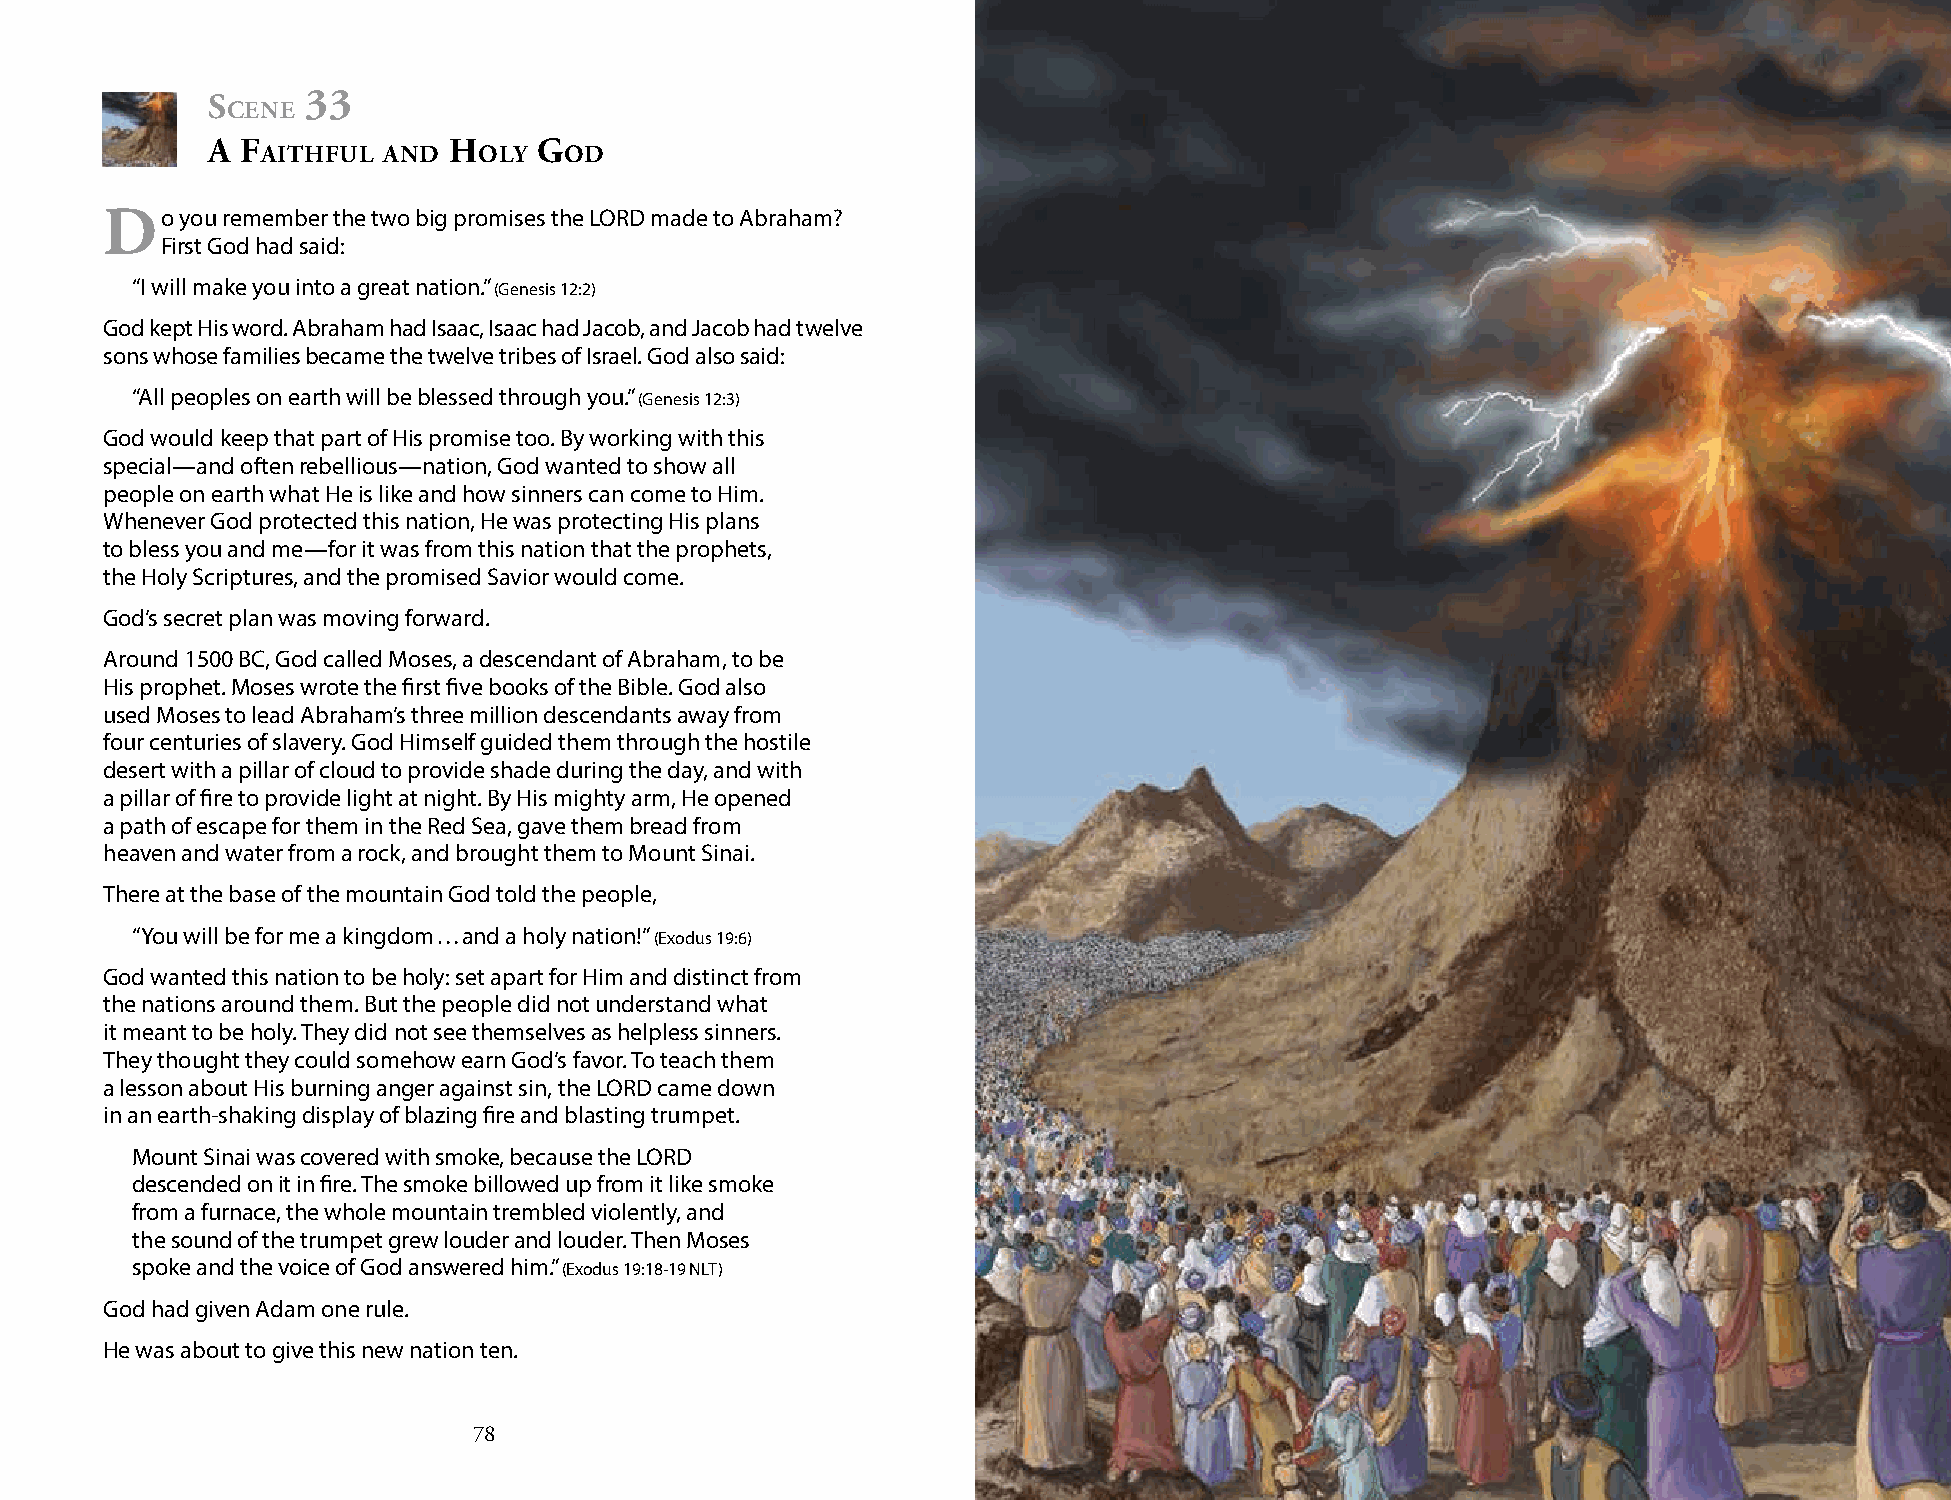
s     33
 cene
 A f             h     g
 Aithful And    oly  od
 do   you remember the two big promises the LORD made to Abraham?
 First God had said:
 “I will make you into a great nation.” (Genesis 12:2)
 God kept His word. Abraham had Isaac, Isaac had Jacob, and Jacob had twelve
 sons whose families became the twelve tribes of Israel. God also said:
 “All peoples on earth will be blessed through you.” (Genesis 12:3)
 God would keep that part of His promise too. By working with this
 special—and often rebellious—nation, God wanted to show all
 people on earth what He is like and how sinners can come to Him.
 Whenever God protected this nation, He was protecting His plans
 to bless you and me—for it was from this nation that the prophets,
 the Holy Scriptures, and the promised Savior would come.
 God’s secret plan was moving forward.
 Around 1500 BC, God called Moses, a descendant of Abraham, to be
 His prophet. Moses wrote the first five books of the Bible. God also
 used Moses to lead Abraham’s three million descendants away from
 four centuries of slavery. God Himself guided them through the hostile
 desert with a pillar of cloud to provide shade during the day, and with
 a pillar of fire to provide light at night. By His mighty arm, He opened
 a path of escape for them in the Red Sea, gave them bread from
 heaven and water from a rock, and brought them to Mount Sinai.
 There at the base of the mountain God told the people,
 “You will be for me a kingdom … and a holy nation!” (Exodus 19:6)
 God wanted this nation to be holy: set apart for Him and distinct from
 the nations around them. But the people did not understand what
 it meant to be holy. They did not see themselves as helpless sinners.
 They thought they could somehow earn God’s favor. To teach them
 a lesson about His burning anger against sin, the LORD came down
 in an earth-shaking display of blazing fire and blasting trumpet.
 Mount Sinai was covered with smoke, because the LORD
 descended on it in fire. The smoke billowed up from it like smoke
 from a furnace, the whole mountain trembled violently, and
 the sound of the trumpet grew louder and louder. Then Moses
 spoke and the voice of God answered him.” (Exodus 19:18-19 NLT)
 God had given Adam one rule.
 He was about to give this new nation ten.
 78